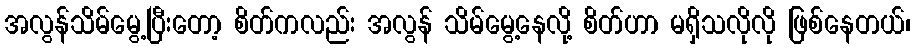
အလွန်သိမ်မွေ့ပြီးတော့ စိတ်ကလည်း အလွန် သိမ်မွေ့နေလို့ စိတ်ဟာ မရှိသလိုလို ဖြစ်နေတယ်၊